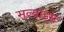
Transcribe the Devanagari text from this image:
सल्याड्स